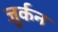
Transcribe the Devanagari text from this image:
जुर्कन